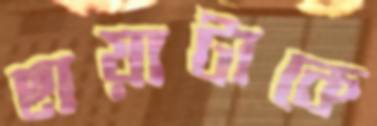
ছায়াটাকে